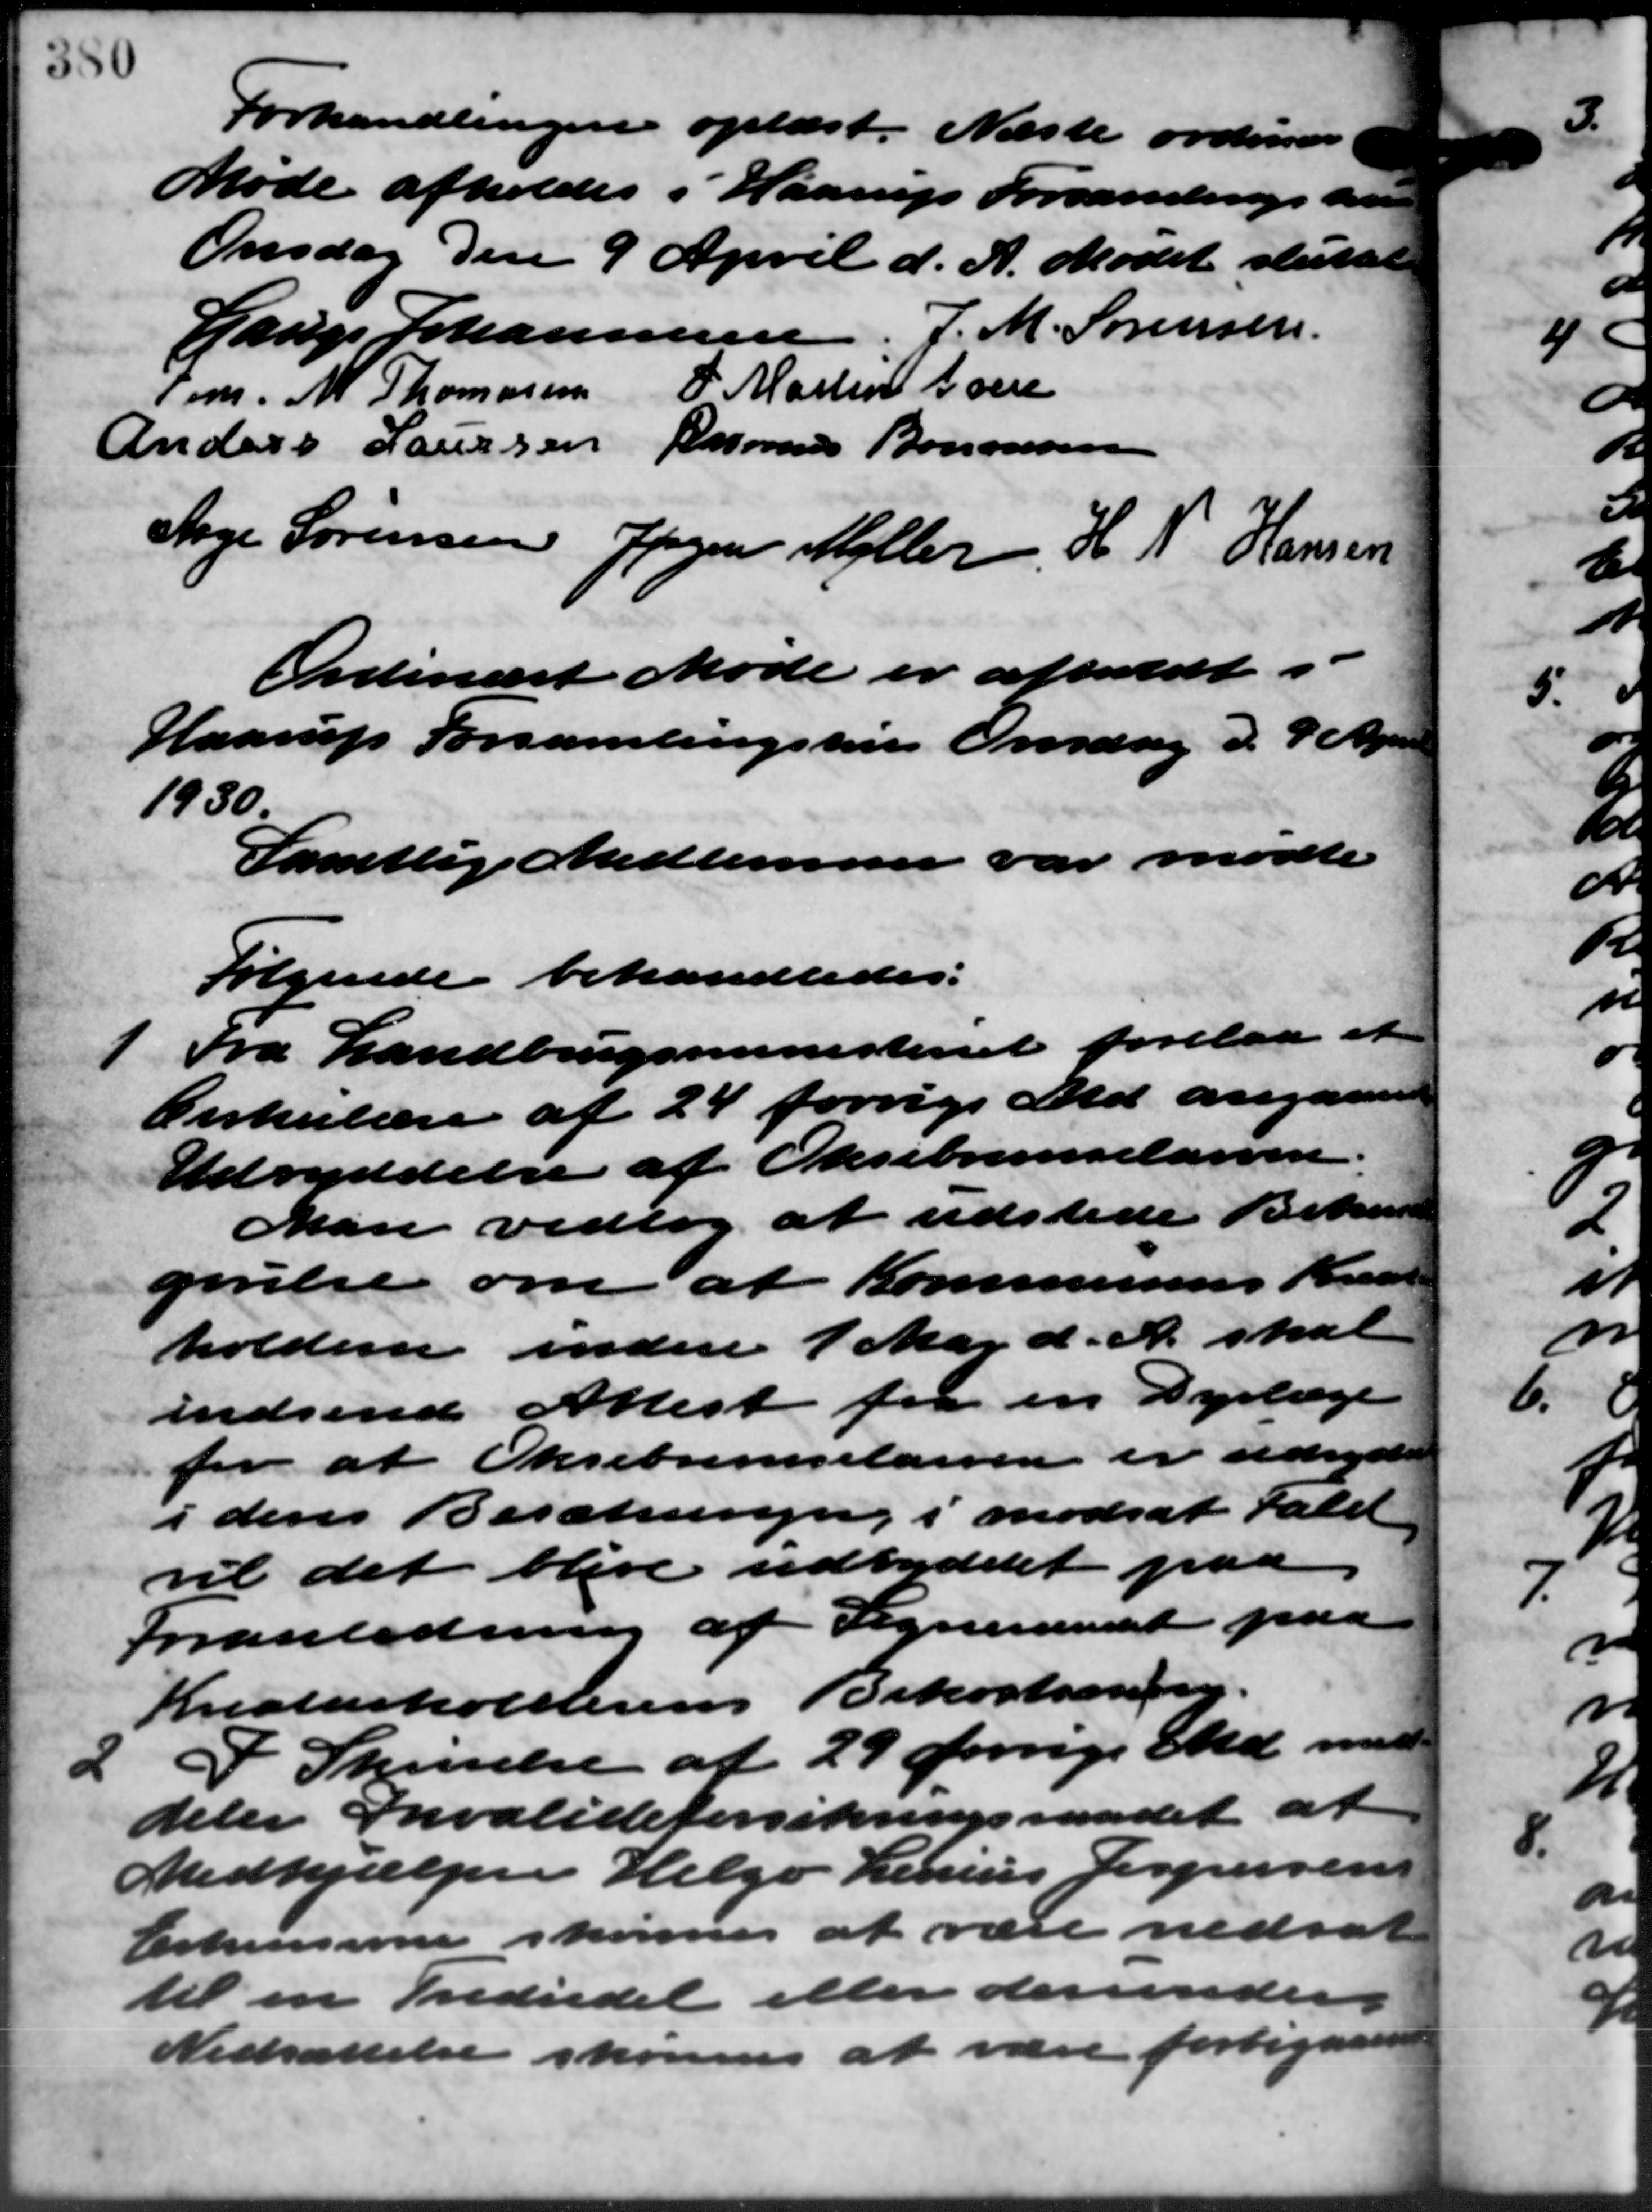
Transskription:
Forhandlingen oplæst. Næste ordinære
Møde afholdes i Haarup Forsamlingshu
Onsdag den 9 April d. A. Mødet sluttet
Lauge Johannesen, J. M. Sørensen.
Tom. M. Thomasen P. Martin boen
Anders Laursen Rasmus Bononsen
Aage Sørensen Jørgen Møller H. N. Hansen
Ordinært Møde er afholdt i
Haarup Forsamlingshus Onsdag d. 9 Apr
1930.
Samtlige Medlemmer var mødte
Følgende behandledes:
1 Fra Landbrugsministeriet forelaa et
1 Fra Landbrugsministeriet forelaa et
Cirkulære af 24 forrige Md. angaae
Udryddelse af Oksebremselarven.
Man vedtog at udstede Bet
gørelse om at Kommunens Kres
holdene inden 1 Maj d. A. skal
indsend Attest fra en Dyrlæge
for at Oksebremselarven er udigs
i dens Besætningen i modsat Fald
vil det blive udryddet paa
Foranledning af Sogneraadet pa
Kreaturholderens Bekostningen.
2 I Skrivelse af 29 forug. Md. med
2 I Skrivelse af 29 forug. Md. med
deler Invalideforsikringsraadet at
Medhjælper Helge Lenius Jespersens
Erhvervsevne skønnes at være nedsat
til en Indvidel eller derunder
Nedsættelse skønnes at være forbigaar